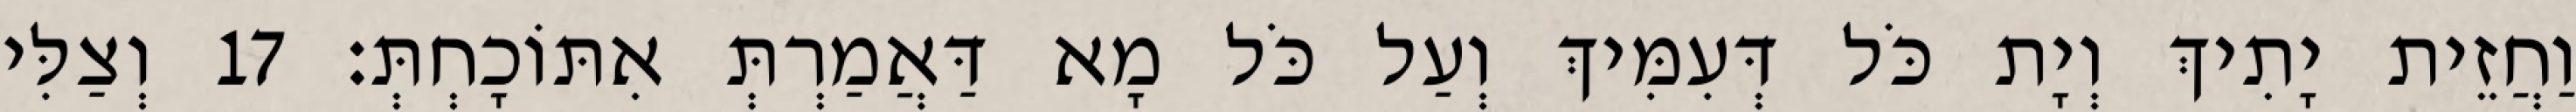
וַחֲזֵית יָתִיךְ וְיָת כֹּל דְּעִמִּיךְ וְעַל כֹּל מָא דַּאֲמַרְתְּ אִתּוֹכָחְתְּ׃ 17 וְצַלִּי